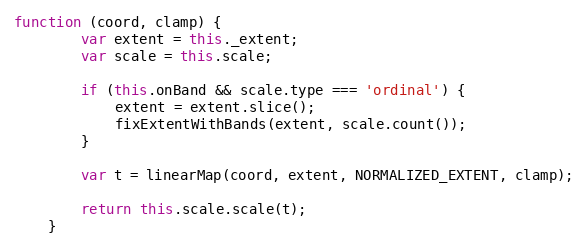
Language: JavaScript
function (coord, clamp) {
        var extent = this._extent;
        var scale = this.scale;

        if (this.onBand && scale.type === 'ordinal') {
            extent = extent.slice();
            fixExtentWithBands(extent, scale.count());
        }

        var t = linearMap(coord, extent, NORMALIZED_EXTENT, clamp);

        return this.scale.scale(t);
    }